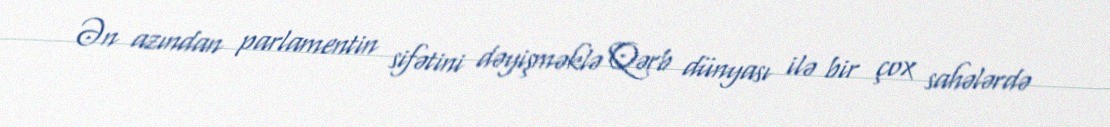
Ən azından parlamentin sifətini dəyişməklə Qərb dünyası ilə bir çox sahələrdə